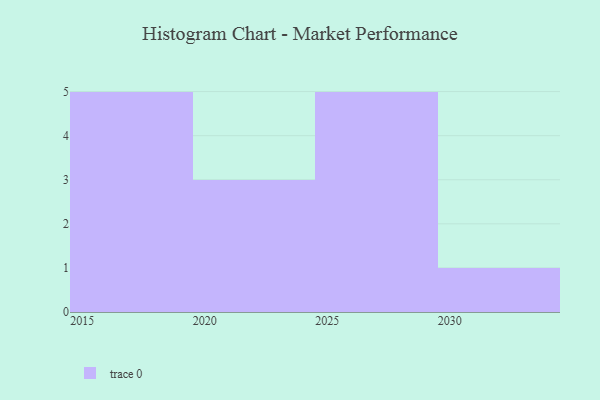
{"axis": {"x": "Year", "y": "Humidity (%)"}, "legend": [""], "data": [{"x": "2025", "y": 22, "type": ""}, {"x": "2020", "y": 3, "type": ""}, {"x": "2030", "y": 13, "type": ""}, {"x": "2022", "y": 15, "type": ""}, {"x": "2018", "y": 16, "type": ""}, {"x": "2021", "y": 52, "type": ""}, {"x": "2027", "y": 79, "type": ""}, {"x": "2029", "y": 1, "type": ""}, {"x": "2015", "y": 61, "type": ""}, {"x": "2017", "y": 94, "type": ""}, {"x": "2028", "y": 48, "type": ""}, {"x": "2019", "y": 62, "type": ""}, {"x": "2026", "y": 5, "type": ""}, {"x": "2016", "y": 44, "type": ""}]}